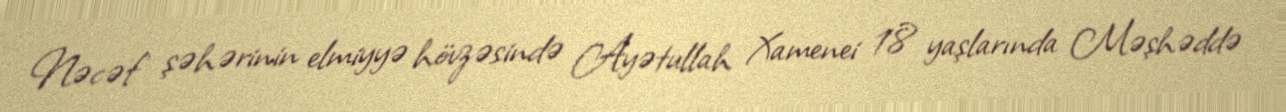
Nəcəf şəhərinin elmiyyə hövzəsində Ayətullah Xamenei 18 yaşlarında Məşhəddə